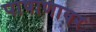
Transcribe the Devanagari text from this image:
पाषाणावर